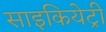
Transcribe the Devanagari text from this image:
साइकियेट्री